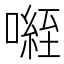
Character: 𭊾